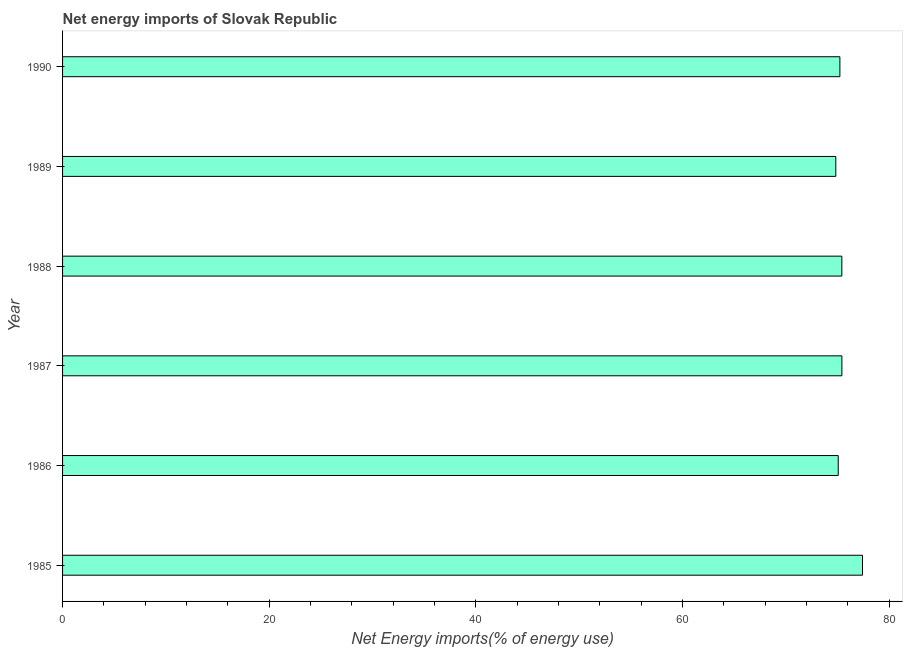
| Year | Energy imports |
 | --- | --- |
 | 1985 | 77.4 |
 | 1986 | 75.1 |
 | 1987 | 75.4 |
 | 1988 | 75.4 |
 | 1989 | 74.8 |
 | 1990 | 75.2 |